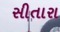
સીતારા